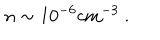
n \sim 1 0 ^ { - 6 } \mathrm { c m ^ { - 3 } } \ .